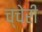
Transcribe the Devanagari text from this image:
च्चेरी